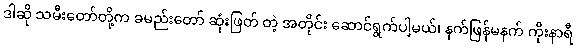
ဒါဆို သမီးတော်တို့က ခမည်းတော် ဆုံးဖြတ် တဲ့ အတိုင်း ဆောင်ရွက်ပါ့မယ်၊ နက်ဖြန်မနက် ကိုးနာရီ